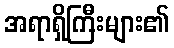
အရာရှိကြီးများ၏